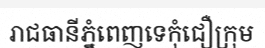
រាជធានីភ្នំពេញទេកុំជឿក្រុម